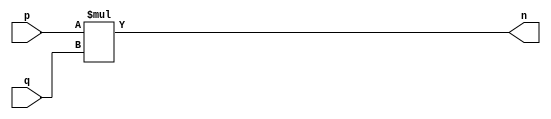
module sixteenbitmultiplier(input[25:0] p,q,output[25:0] n);

   assign n = p*q;

endmodule

module encryptor(input[25:0] e,n,letter, output[25:0] en_letter);

    assign en_letter = (letter**e)%n;

endmodule

module decryptor(input[25:0] d,n,en_letter,letter, output[25:0] de_letter);

    assign de_letter = (en_letter**d)%n;

endmodule